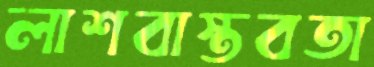
লাশবাস্তবতা